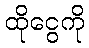
ထိုငွေကို